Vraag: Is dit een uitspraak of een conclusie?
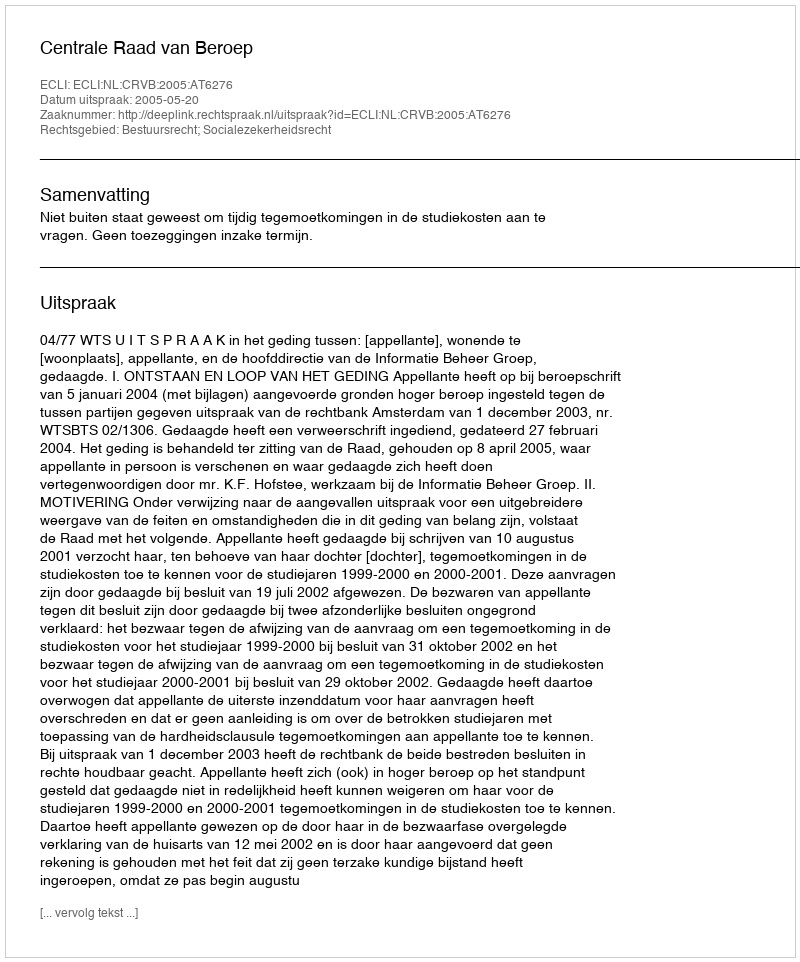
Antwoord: Uitspraak